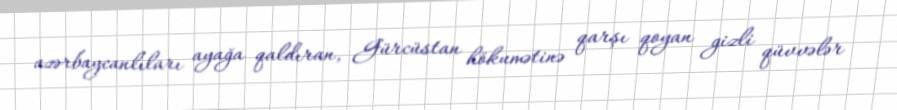
azərbaycanlıları ayağa qaldıran, Gürcüstan hökumətinə qarşı qoyan gizli qüvvələr